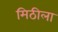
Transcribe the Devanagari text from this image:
मिठीला